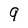
Character: 9